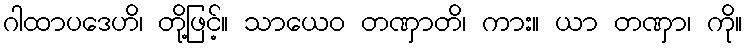
ဂါထာပဒေဟိ၊ တို့ဖြင့်။ သာယေဝ တဏှာတိ၊ ကား။ ယာ တဏှာ၊ ကို။